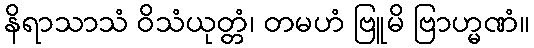
နိရာသာသံ ဝိသံယုတ္တံ၊ တမဟံ ဗြူမိ ဗြာဟ္မဏံ။